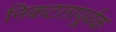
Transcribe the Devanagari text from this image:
निकटतापूर्वक